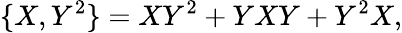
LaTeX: \{ X,Y^{2}\} =XY^{2}+YXY+Y^{2}X,